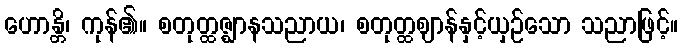
ဟောန္တိ၊ ကုန်၏။ စတုတ္ထဇ္ဈာနသညာယ၊ စတုတ္ထဈာန်နှင့်ယှဉ်သော သညာဖြင့်။